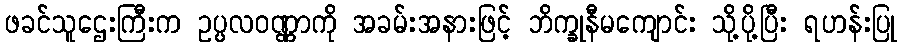
ဖခင်သူဌေးကြီးက ဥပ္ပလဝဏ္ဏာကို အခမ်းအနားဖြင့် ဘိက္ခုနီမကျောင်း သို့ပို့ပြီး ရဟန်းပြု